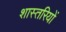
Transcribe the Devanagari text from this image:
शास्तरियों